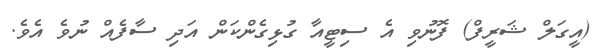
(އީގަލް ޝަރީފް) ފޮނުވި އެ ސިޓީއާ ގުޅިގެންކަން އަދި ސާފެއް ނުވެ އެވެ.